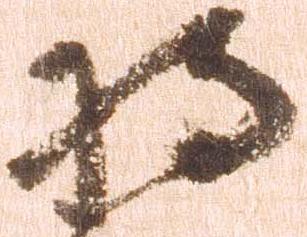
将